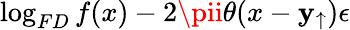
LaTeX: \log_{FD}f(x)-2\pii\theta(x-\mathbf{y}_{\uparrow})\epsilon